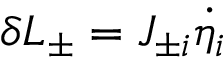
\delta { \cal L } _ { \pm } = J _ { \pm i } \dot { \eta _ { i } }